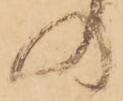
の